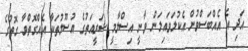
އަދި އެ އެއްބަސްވުން އެކުލަވައިލަން ވާނީ އިސްލާމީ ޝަރީއަތުގެ އުސޫލުތަކާ އެއްގޮތްވާ ގޮތުގެ